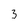
Character: 3